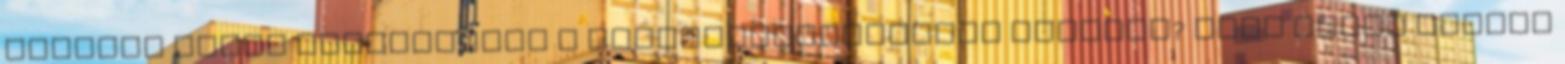
esetben élhet Felhasználó a termékszavatossági jogával? Ingó dolog termék